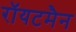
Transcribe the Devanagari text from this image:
रॉयटमैन